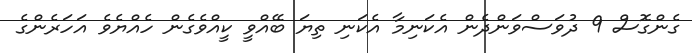
ގެންގޮސް 9 ދުވަސްވަންދެން އެކަނިމާ އެކަނި ތިޔަ ބޭއްވީ ކީއްވެގެން ހެއްޔެވެ އަހަރެންގެ